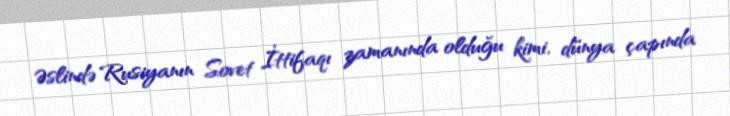
Əslində Rusiyanın Sovet İttifaqı zamanında olduğu kimi, dünya çapında